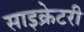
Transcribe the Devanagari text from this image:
साइक्रेटरी